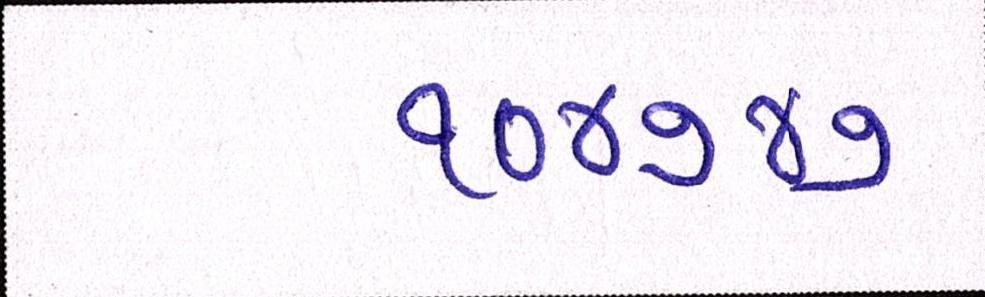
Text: ૧૦૪૭૪૭